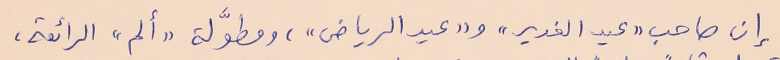
إن صاحب "عيد الغدير" و "عيد الرياض"، ومطوَّلة "ألم" الرائعة،